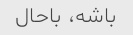
باشه، باحال